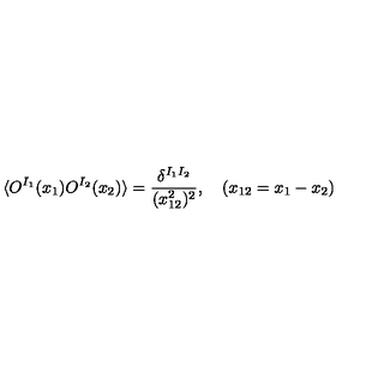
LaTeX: \langle O ^ { I _ { 1 } } ( x _ { 1 } ) O ^ { I _ { 2 } } ( x _ { 2 } ) \rangle = \frac { \delta ^ { I _ { 1 } I _ { 2 } } } { ( x _ { 1 2 } ^ { 2 } ) ^ { 2 } } , \quad ( x _ { 1 2 } = x _ { 1 } - x _ { 2 } )